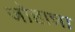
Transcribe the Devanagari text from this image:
जोहान्ना